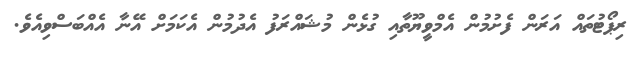
ރިޕޯޓުތައް އަރަން ފެށުމުން އެމްވީޔޫތާއި ގުޅެން މުޝައްރަފު އެދުމުން އެކަމަށް އޭނާ އެއްބަސްވިއެވެ.